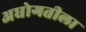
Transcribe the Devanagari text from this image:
अधोगतीला